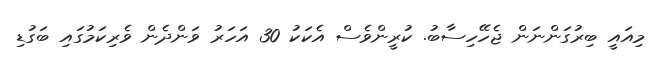
މިއައީ ބިރުގަންނަން ޖެހޭހިސާބު. ކުރީންވެސް އެކަކު 30 އަހަރު ވަންދެން ވެރިކަމުގައި ބަގުޑި